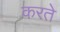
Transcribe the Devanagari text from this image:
करते